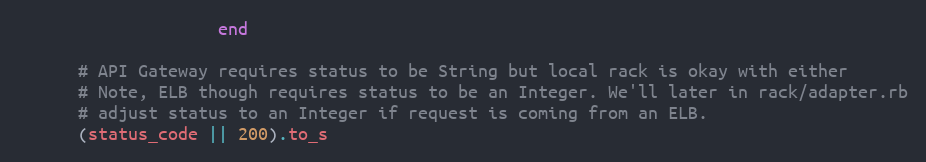
Language: Ruby
                    end

      # API Gateway requires status to be String but local rack is okay with either
      # Note, ELB though requires status to be an Integer. We'll later in rack/adapter.rb
      # adjust status to an Integer if request is coming from an ELB.
      (status_code || 200).to_s